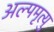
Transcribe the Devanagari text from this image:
अल्पमृत्यु